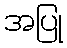
အပြု